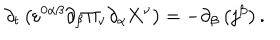
LaTeX: \partial _ { t } \left( \varepsilon ^ { 0 \alpha \beta } \partial _ { \beta } \Pi _ { \nu } \partial _ { \alpha } \mathbf { X } ^ { \nu } \right) = - \partial _ { \beta } \left( j ^ { \beta } \right) .